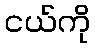
ငယ်ကို